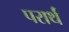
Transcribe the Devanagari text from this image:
परार्थं